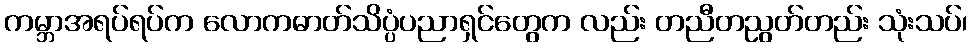
ကမ္ဘာအရပ်ရပ်က လောကဓာတ်သိပ္ပံပညာရှင်တွေက လည်း တညီတညွတ်တည်း သုံးသပ်၊